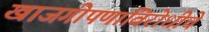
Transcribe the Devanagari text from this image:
खाजगीपणाविरोधीचे